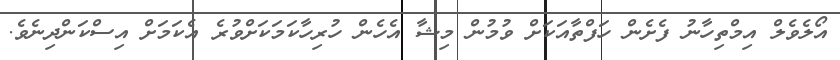
އޯލެވެލް އިމްތިހާނު ފެށެން ހަފްތާއަކަށް ވުމުން މިޝާ އެހެން ހުރިހާކަމަކަށްވުރެ އެކަމަށް އިސްކަންދިނެވެ.